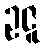
ဥဇူ